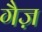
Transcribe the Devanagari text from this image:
गैज़